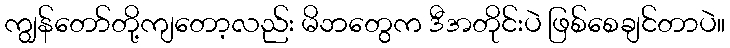
ကျွန်တော်တို့ကျတော့လည်း မိဘတွေက ဒီအတိုင်းပဲ ဖြစ်စေချင်တာပဲ။